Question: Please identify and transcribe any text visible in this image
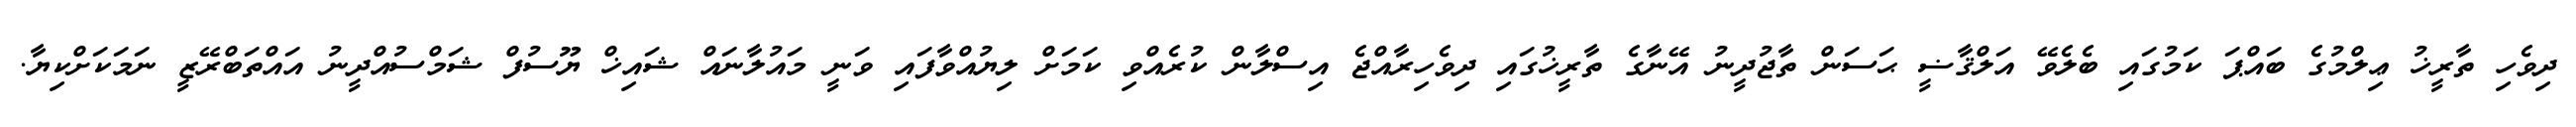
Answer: ދިވެހި ތާރީޚު ޢިލްމުގެ ބައްޕަ ކަމުގައި ބެލެވޭ އަލްޤާޟީ ޙަސަން ތާޖުދީނު އޭނާގެ ތާރީޚުގައި ދިވެހިރާއްޖެ އިސްލާން ކުރެއްވި ކަމަށް ލިޔުއްވާފައި ވަނީ މައުލާނައް ޝައިޚް ޔޫސުފް ޝަމްސުއްދީނު އައްތަބްރޭޒީ ނަމަކަށްކިޔާ.